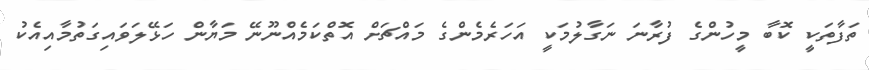
ތަފާތަކީ ކޮބާ މީހުންގެ ފުރާނަ ނަގާލުމަކީ އަހަރެމެންގެ މައްޗަށް އޮތްކަމެއްނޫނޭ މަޔާން ހަޅޭލަވައިގަތުމާއިއެކު